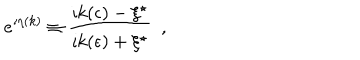
LaTeX: e ^ { \imath \eta ( k ) } \equiv { \frac { \imath k ( \epsilon ) - \xi ^ { \star } } { \imath k ( \epsilon ) + \xi ^ { \star } } } ~ ~ ,